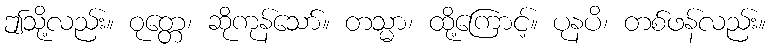
ဤသို့လည်း။ ဝုတ္တေ၊ ဆိုကုန်သော်။ တသ္မာ၊ ထို့ကြောင့်။ ပုနပိ၊ တစ်ဖန်လည်း။